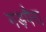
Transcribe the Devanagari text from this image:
गड़पैरा